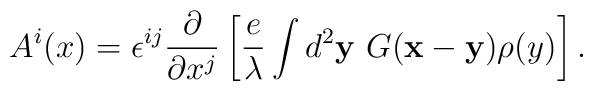
A^{i}(x)=\epsilon^{ij}\frac{\partial}{\partial x^{j}}\left[\frac{e}{\lambda}\int d^{2}{\bf y} ~G({\bf x}-{\bf y})\rho(y)\right].